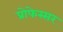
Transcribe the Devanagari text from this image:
प्रोफेस्सर